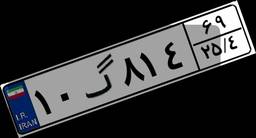
۱۰گ۸۱۴۶۹